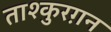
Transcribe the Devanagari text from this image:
ताश्कुरग़न